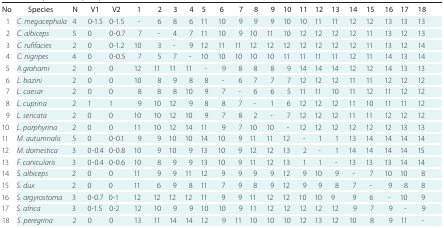
<table><thead><tr><td><b>No</b></td><td><b>Species</b></td><td><b>N</b></td><td><b>V1</b></td><td><b>V2</b></td><td><b>1</b></td><td><b>2</b></td><td><b>3</b></td><td><b>4</b></td><td><b>5</b></td><td><b>6</b></td><td><b>7</b></td><td><b>8</b></td><td><b>9</b></td><td><b>10</b></td><td><b>11</b></td><td><b>12</b></td><td><b>13</b></td><td><b>14</b></td><td><b>15</b></td><td><b>16</b></td><td><b>17</b></td><td><b>18</b></td></tr></thead><tbody><tr><td><b>1</b></td><td><b><i>C. megacephala</i></b></td><td><b>4</b></td><td><b>0-1.5</b></td><td><b>0-1.5</b></td><td><b>-</b></td><td><b>6</b></td><td><b>8</b></td><td><b>6</b></td><td><b>11</b></td><td><b>10</b></td><td><b>9</b></td><td><b>9</b></td><td><b>9</b></td><td><b>10</b></td><td><b>10</b></td><td><b>11</b></td><td><b>11</b></td><td><b>12</b></td><td><b>12</b></td><td><b>13</b></td><td><b>13</b></td><td><b>13</b></td></tr><tr><td><b>2</b></td><td><b><i>C. albiceps</i></b></td><td><b>5</b></td><td><b>0</b></td><td><b>0-0.7</b></td><td><b>7</b></td><td><b>-</b></td><td><b>4</b></td><td><b>7</b></td><td><b>11</b></td><td><b>10</b></td><td><b>9</b></td><td><b>10</b></td><td><b>11</b></td><td><b>10</b></td><td><b>12</b></td><td><b>12</b></td><td><b>12</b></td><td><b>12</b></td><td><b>11</b></td><td><b>13</b></td><td><b>12</b></td><td><b>13</b></td></tr><tr><td><b>3</b></td><td><b><i>C. rufifacies</i></b></td><td><b>2</b></td><td><b>0</b></td><td><b>0-1.2</b></td><td><b>10</b></td><td><b>3</b></td><td><b>-</b></td><td><b>9</b></td><td><b>12</b></td><td><b>11</b></td><td><b>11</b></td><td><b>12</b></td><td><b>12</b></td><td><b>12</b></td><td><b>12</b></td><td><b>12</b></td><td><b>12</b></td><td><b>12</b></td><td><b>11</b></td><td><b>13</b></td><td><b>12</b></td><td><b>14</b></td></tr><tr><td><b>4</b></td><td><b><i>C. nigripes</i></b></td><td><b>4</b></td><td><b>0</b></td><td><b>0-0.5</b></td><td><b>7</b></td><td><b>5</b></td><td><b>7</b></td><td><b>-</b></td><td><b>10</b></td><td><b>10</b></td><td><b>10</b></td><td><b>10</b></td><td><b>10</b></td><td><b>11</b></td><td><b>11</b></td><td><b>11</b></td><td><b>11</b></td><td><b>12</b></td><td><b>11</b></td><td><b>14</b></td><td><b>13</b></td><td><b>14</b></td></tr><tr><td><b>5</b></td><td><b><i>A.grahami</i></b></td><td><b>2</b></td><td><b>0</b></td><td><b>0</b></td><td><b>12</b></td><td><b>11</b></td><td><b>11</b></td><td><b>11</b></td><td><b>-</b></td><td><b>9</b></td><td><b>8</b></td><td><b>8</b></td><td><b>8</b></td><td><b>9</b></td><td><b>14</b></td><td><b>14</b></td><td><b>14</b></td><td><b>12</b></td><td><b>12</b></td><td><b>14</b></td><td><b>13</b></td><td><b>13</b></td></tr><tr><td><b>6</b></td><td><b><i>L. bazini</i></b></td><td><b>2</b></td><td><b>0</b></td><td><b>0</b></td><td><b>10</b></td><td><b>8</b></td><td><b>9</b></td><td><b>8</b></td><td><b>8</b></td><td><b>-</b></td><td><b>6</b></td><td><b>7</b></td><td><b>7</b></td><td><b>7</b></td><td><b>12</b></td><td><b>12</b></td><td><b>12</b></td><td><b>11</b></td><td><b>11</b></td><td><b>12</b></td><td><b>12</b></td><td><b>12</b></td></tr><tr><td><b>7</b></td><td><b><i>L. caesar</i></b></td><td><b>2</b></td><td><b>0</b></td><td><b>0</b></td><td><b>8</b></td><td><b>8</b></td><td><b>8</b></td><td><b>10</b></td><td><b>9</b></td><td><b>7</b></td><td><b>-</b></td><td><b>6</b></td><td><b>6</b></td><td><b>5</b></td><td><b>11</b></td><td><b>11</b></td><td><b>10</b></td><td><b>11</b></td><td><b>12</b></td><td><b>11</b></td><td><b>12</b></td><td><b>12</b></td></tr><tr><td><b>8</b></td><td><b><i>L. cuprina</i></b></td><td><b>2</b></td><td><b>1</b></td><td><b>1</b></td><td><b>9</b></td><td><b>10</b></td><td><b>12</b></td><td><b>9</b></td><td><b>8</b></td><td><b>8</b></td><td><b>7</b></td><td><b>-</b></td><td><b>1</b></td><td><b>6</b></td><td><b>12</b></td><td><b>12</b></td><td><b>12</b></td><td><b>11</b></td><td><b>10</b></td><td><b>11</b></td><td><b>11</b></td><td><b>12</b></td></tr><tr><td><b>9</b></td><td><b><i>L. sericata</i></b></td><td><b>2</b></td><td><b>0</b></td><td><b>0</b></td><td><b>10</b></td><td><b>10</b></td><td><b>12</b></td><td><b>10</b></td><td><b>9</b></td><td><b>7</b></td><td><b>8</b></td><td><b>2</b></td><td><b>-</b></td><td><b>7</b></td><td><b>12</b></td><td><b>12</b></td><td><b>12</b></td><td><b>11</b></td><td><b>11</b></td><td><b>12</b></td><td><b>12</b></td><td><b>12</b></td></tr><tr><td><b>10</b></td><td><b><i>L. porphyrina</i></b></td><td><b>2</b></td><td><b>0</b></td><td><b>0</b></td><td><b>11</b></td><td><b>10</b></td><td><b>12</b></td><td><b>14</b></td><td><b>11</b></td><td><b>9</b></td><td><b>7</b></td><td><b>10</b></td><td><b>10</b></td><td><b>-</b></td><td><b>12</b></td><td><b>12</b></td><td><b>12</b></td><td><b>12</b></td><td><b>12</b></td><td><b>12</b></td><td><b>13</b></td><td><b>13</b></td></tr><tr><td><b>11</b></td><td><b><i>M. autumnalis</i></b></td><td><b>5</b></td><td><b>0</b></td><td><b>0-0.1</b></td><td><b>9</b></td><td><b>9</b></td><td><b>10</b></td><td><b>10</b></td><td><b>14</b></td><td><b>10</b></td><td><b>9</b></td><td><b>11</b></td><td><b>11</b></td><td><b>12</b></td><td><b>-</b></td><td><b>1</b></td><td><b>1</b></td><td><b>13</b></td><td><b>14</b></td><td><b>14</b></td><td><b>14</b></td><td><b>14</b></td></tr><tr><td><b>12</b></td><td><b><i>M. domestica</i></b></td><td><b>3</b></td><td><b>0-0.4</b></td><td><b>0-0.8</b></td><td><b>10</b></td><td><b>9</b></td><td><b>10</b></td><td><b>9</b></td><td><b>13</b></td><td><b>10</b></td><td><b>9</b></td><td><b>12</b></td><td><b>12</b></td><td><b>13</b></td><td><b>2</b></td><td><b>-</b></td><td><b>1</b></td><td><b>14</b></td><td><b>14</b></td><td><b>14</b></td><td><b>14</b></td><td><b>15</b></td></tr><tr><td><b>13</b></td><td><b><i>F. canicularis</i></b></td><td><b>3</b></td><td><b>0-0.4</b></td><td><b>0-0.6</b></td><td><b>10</b></td><td><b>8</b></td><td><b>9</b></td><td><b>9</b></td><td><b>13</b></td><td><b>10</b></td><td><b>9</b></td><td><b>11</b></td><td><b>12</b></td><td><b>13</b></td><td><b>1</b></td><td><b>1</b></td><td><b>-</b></td><td><b>13</b></td><td><b>13</b></td><td><b>13</b></td><td><b>14</b></td><td><b>14</b></td></tr><tr><td><b>14</b></td><td><b><i>S. albiceps</i></b></td><td><b>2</b></td><td><b>0</b></td><td><b>0</b></td><td><b>11</b></td><td><b>9</b></td><td><b>9</b></td><td><b>11</b></td><td><b>12</b></td><td><b>9</b></td><td><b>9</b></td><td><b>9</b></td><td><b>9</b></td><td><b>12</b></td><td><b>9</b></td><td><b>10</b></td><td><b>9</b></td><td><b>-</b></td><td><b>7</b></td><td><b>10</b></td><td><b>10</b></td><td><b>8</b></td></tr><tr><td><b>15</b></td><td><b><i>S. dux</i></b></td><td><b>2</b></td><td><b>0</b></td><td><b>0</b></td><td><b>11</b></td><td><b>6</b></td><td><b>9</b></td><td><b>8</b></td><td><b>11</b></td><td><b>7</b></td><td><b>9</b></td><td><b>8</b></td><td><b>9</b></td><td><b>12</b></td><td><b>9</b></td><td><b>9</b></td><td><b>8</b></td><td><b>7</b></td><td><b>-</b></td><td><b>9</b></td><td><b>8</b></td><td><b>8</b></td></tr><tr><td><b>16</b></td><td><b><i>S. argyrostoma</i></b></td><td><b>3</b></td><td><b>0-0.7</b></td><td><b>0-1</b></td><td><b>12</b></td><td><b>12</b></td><td><b>12</b></td><td><b>12</b></td><td><b>11</b></td><td><b>9</b></td><td><b>9</b></td><td><b>11</b></td><td><b>12</b></td><td><b>12</b></td><td><b>10</b></td><td><b>10</b></td><td><b>9</b></td><td><b>9</b></td><td><b>6</b></td><td><b>-</b></td><td><b>10</b></td><td><b>9</b></td></tr><tr><td><b>17</b></td><td><b><i>S. africa</i></b></td><td><b>3</b></td><td><b>0-1.5</b></td><td><b>0-2</b></td><td><b>12</b></td><td><b>10</b></td><td><b>9</b></td><td><b>9</b></td><td><b>10</b></td><td><b>10</b></td><td><b>9</b></td><td><b>11</b></td><td><b>12</b></td><td><b>12</b></td><td><b>12</b></td><td><b>12</b></td><td><b>12</b></td><td><b>9</b></td><td><b>7</b></td><td><b>9</b></td><td><b>-</b></td><td><b>9</b></td></tr><tr><td><b>18</b></td><td><i>S. peregrina</i></td><td><b>2</b></td><td><b>0</b></td><td><b>0</b></td><td><b>13</b></td><td><b>11</b></td><td><b>14</b></td><td><b>14</b></td><td><b>12</b></td><td><b>9</b></td><td><b>11</b></td><td><b>10</b></td><td><b>10</b></td><td><b>10</b></td><td><b>12</b></td><td><b>13</b></td><td><b>12</b></td><td><b>10</b></td><td><b>8</b></td><td><b>9</b></td><td><b>11</b></td><td><b>-</b></td></tr></tbody></table>